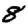
Digit: 8